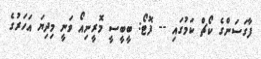
ފާގަސަންގެ ކޯޗް ކަމުގައި -- ފޮޓޯ: ބީބީސީ މޮރީނިއޯ ވަނީ މިދިޔަ އަހަރުގެ